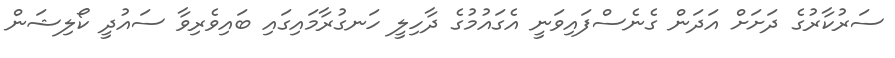
ސަރުކާރުގެ ދަށަށް އަދަން ގެނެސްފައިވަނީ އެގައުމުގެ ދާހިލީ ހަނގުރާމައިގައި ބައިވެރިވާ ސައުދީ ކޯލިޝަން